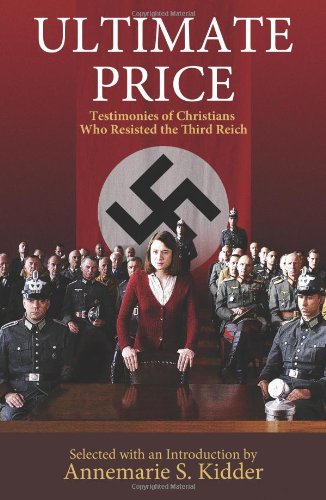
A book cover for Ultimate Price: Testimonies of Christians Who Resisted the Third Reich; Annemarie S. Kidder; Religion & Spirituality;